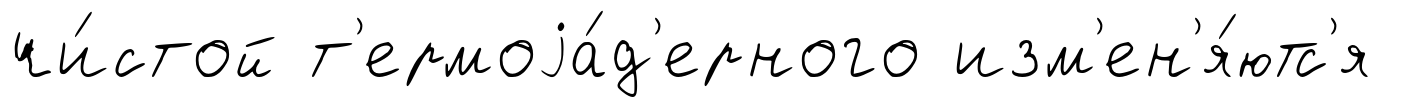
чи́стой т'ермоjа́д'ерного изм'ен'я́ютс'я